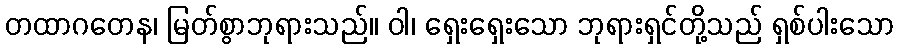
တထာဂတေန၊ မြတ်စွာဘုရားသည်။ ဝါ၊ ရှေးရှေးသော ဘုရားရှင်တို့သည် ရှစ်ပါးသော